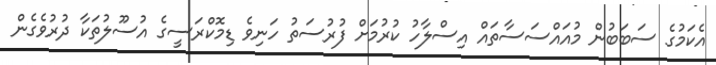
އެކަމުގެ ސަބަބުން މުއައްސަސާތައް އިސްލާހު ކުރުމަށް ފުރުސަތު ހަނިވެ ޑިމޮކްރަސީގެ އުސޫލުތަކާ ދުރުވެގެން